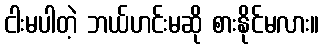
ငါးမပါတဲ့ ဘယ်ဟင်းမဆို စားနိုင်မလား။